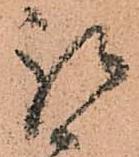
被